King Institute of Preventive Medicine Micro-Biological Section reports 1912-19
Year: 1912
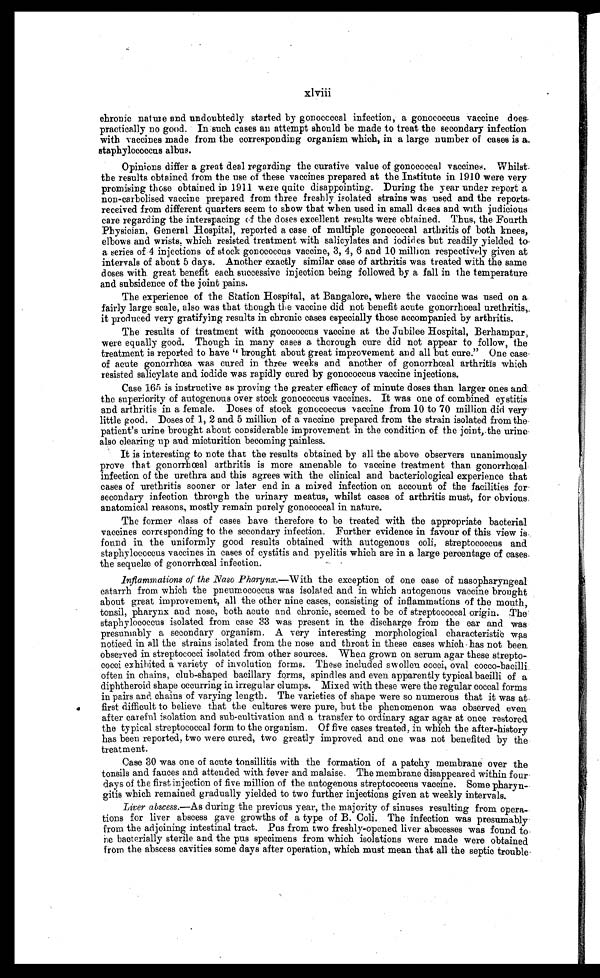
xlviii
chronic nature and undoubtedly started by gonoccccal infection, a gonococcus vaccine does
practically no good. In such cases an attempt should be made to treat the secondary infection
with vaccines made from the corresponding organism which, in a large number of cases is a
staphylococcus albus.
Opinions differ a great deal regarding the curative value of gonococcal vaccines. Whilst
the results obtained from the use of these vaccines prepared at the Institute in 1910 were very
promising those obtained in 1911 were quite disappointing. During the year under report a
non-carbolised vaccine prepared from three freshly isolated strains was used and the reports
received from different quarters seem to show that when used in small doses and with judicious
care regarding the interspacing of the doses excellent results were obtained. Thus, the Fourth
Physician, General Hospital, reported a case of multiple gonococcal arthritis of both knees,
elbows and wrists, which resisted treatment with salicylates and iodides but readily yielded to
a series of 4 injections of stock gonococcus vaccine, 3, 4, 6 and 10 million respectively given at
intervals of about 5 days. Another exactly similar case of arthritis was treated with the same
doses with great benefit each successive injection being followed by a fall in the temperature
and subsidence of the joint pains.
The experience of the Station Hospital, at Bangalore, where the vaccine was used on a
fairly large scale, also was that though the vaccine did not benefit acute gonorrhœal urethritis,
it produced very gratifying results in chronic cases especially those accompanied by arthritis.
The results of treatment with gonococcus vaccine at the Jubilee Hospital, Berhampur,
were equally good. Though in many cases a thorough cure did not appear to follow, the
treatment is reported to have " brought about great improvement and all but cure." One case
of acute gonorrhoea was cured in three weeks and another of gonorrhoeal arthritis which
resisted salicylate and iodide was rapidly cured by gonococcus vaccine injections.
Case 165 is instructive as proving the greater efficacy of minute doses than larger ones and
the superiority of autogenous over stock gonococcus vaccines. It was one of combined cystitis
and arthritis in a female. Doses of stock gonococcus vaccine from 10 to 70 million did very
little good. Doses of 1, 2 and 5 million of a vaccine prepared from the strain isolated from the
patient's urine brought about considerable improvement in the condition of the joint, the urine
also clearing up and micturition becoming painless.
It is interesting to note that the results obtained by all the above observers unanimously
prove that gonorrhœal arthritis is more amenable to vaccine treatment than gonorrhœal
infection of the urethra and this agrees with the clinical and bacteriological experience that
cases of urethritis sooner or later end in a mixed infection on account of the facilities for
secondary infection through the urinary meatus, whilst cases of arthritis must, for obvious
anatomical reasons, mostly remain purely gonococcal in nature.
The former class of cases have therefore to be treated with the appropriate bacterial
vaccines corresponding to the secondary infection. Further evidence in favour of this view is
found in the uniformly good results obtained with autogenous coli, streptococcus and
staphylococcus vaccines in cases of cystitis and pyelitis which are in a large percentage of cases
the sequelæ of gonorrhœal infection.
Inflammations of the Naso Pharynx.— W ith the exception of one case of nasopharyngeal
catarrh from which the pneumococcus was isolated and in which autogenous vaccine brought
about great improvement, all the other nine cases, consisting of inflammations of the mouth,
tonsil, pharynx and nose, both acute and chronic, seemed to be of streptococcal origin. The
staphylococcus isolated from case 33 was present in the discharge from the ear and was
presumably a secondary organism. A very interesting morphological characteristic was
noticed in all the strains isolated from the nose and throat in these cases which has not been
observed in streptococci isolated from other sources. When grown on serum agar these strepto-
cocci exhibited a variety of involution forms. These included swollen cocci, oval cocco-bacilli
often in chains, club-shaped bacillary forms, spindles and even apparently typical bacilli of a
diphtheroid shape occurring in irregular clumps. Mixed with these were the regular coccal forms
in pairs and chains of varying length. The varieties of shape were so numerous that it was at
first difficult to believe that the cultures were pure, but the phenomenon was observed even
after careful isolation and sub-cultivation and a transfer to ordinary agar agar at once restored
the typical streptococcal form to the organism. Of five cases treated, in which the after-history
has been reported, two were cured, two greatly improved and one was not benefited by the
treatment.
Case 30 was one of acute tonsillitis with the formation of a patchy membrane over the
tonsils and fauces and attended with fever and malaise. The membrane disappeared within four
days of the first injection of five million of the autogenous streptococcus vaccine. Some pharyn--
gitis which remained gradually yielded to two further injections given at weekly intervals.
Liver abscess.—As during the previous year, the majority of sinuses resulting from opera-
tions for liver abscess gave growths of a type of B. Coli. The infection was presumably
from the adjoining intestinal tract. Pus from two freshly-opened liver abscesses was found to
be bacterially sterile and the pus specimens from which isolations were made were obtained
from the abscess cavities some days after operation, which must mean that all the septic trouble.